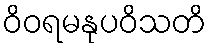
ဝိဝရမနုပဝိသတိ